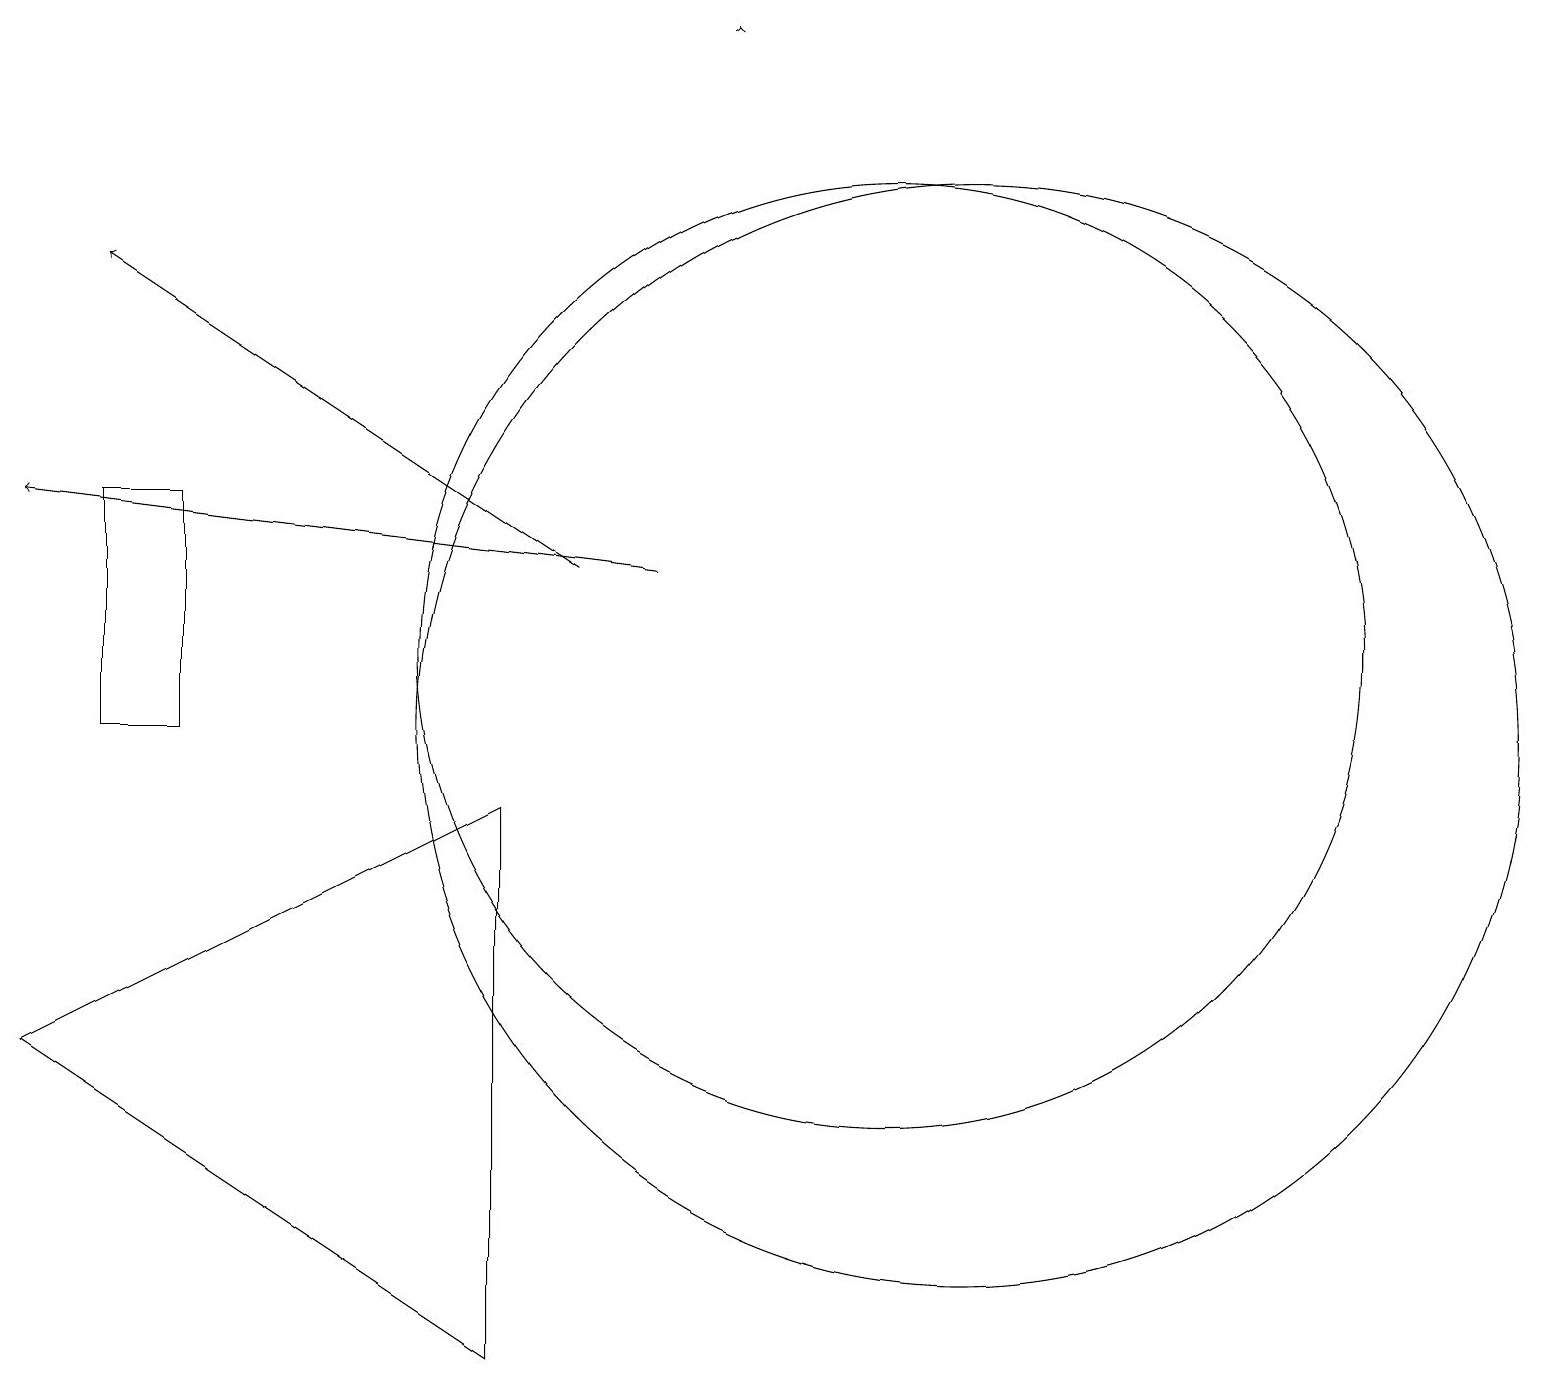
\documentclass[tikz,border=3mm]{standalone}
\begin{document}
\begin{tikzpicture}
\draw[->] (8,12) -- (0,13);
\draw (11,11) circle (6);
\draw[->] (7,12) -- (1,16);
\draw (2,13) rectangle (1,10);
\draw (6,9) -- (6,2) -- (0,6) -- cycle;
\draw[->] (9,19) -- (9,19);
\draw (12,10) circle (7);
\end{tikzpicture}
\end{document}